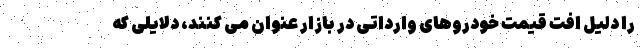
را دلیل افت قیمت خودروهای وارداتی در بازار عنوان می کنند، دلایلی که